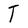
Character: T